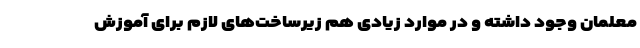
معلمان وجود داشته و در موارد زیادی هم زیرساخت‌های لازم برای آموزش